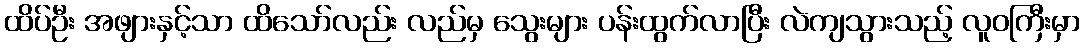
ထိပ်ဦး အဖျားနှင့်သာ ထိသော်လည်း လည်မှ သွေးများ ပန်းထွက်လာပြီး လဲကျသွားသည့် လူဝကြီးမှာ